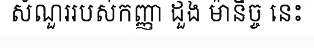
សំណួររបស់កញ្ញា ដួង ម៉ានិច្ច នេះ